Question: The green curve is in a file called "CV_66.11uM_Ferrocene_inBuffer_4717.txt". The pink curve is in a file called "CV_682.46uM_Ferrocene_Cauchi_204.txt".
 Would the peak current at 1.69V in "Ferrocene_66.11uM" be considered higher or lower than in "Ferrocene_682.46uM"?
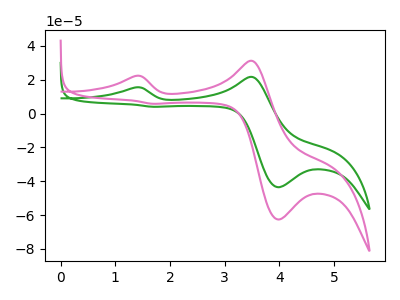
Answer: <think>The green curve "Ferrocene_66.11uM" has anodic peaks at (1.35V, 15.50uA) (3.45V, 21.70uA) and cathodic peaks at (4.00V, -43.50uA) (1.70V, 4.05uA). The pink curve "Ferrocene_682.46uM" has anodic peaks at (1.35V, 22.25uA) (3.45V, 31.20uA) and cathodic peaks at (4.00V, -62.60uA) (1.70V, 5.80uA).</think>
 <answer>The peak at 1.69V is higher in "Ferrocene_66.11uM" than in "Ferrocene_682.46uM".</answer>
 <eval>higher</eval>